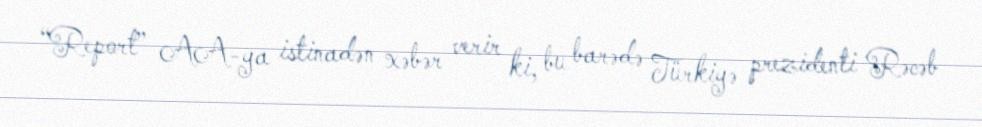
“Report” AA-ya istinadən xəbər verir ki, bu barədə Türkiyə prezidenti Rəcəb